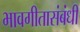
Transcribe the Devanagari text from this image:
भावगीतासंबंधी